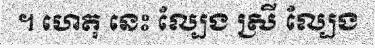
។ ហេតុ នេះ ល្បែង ស្រី ល្បែង